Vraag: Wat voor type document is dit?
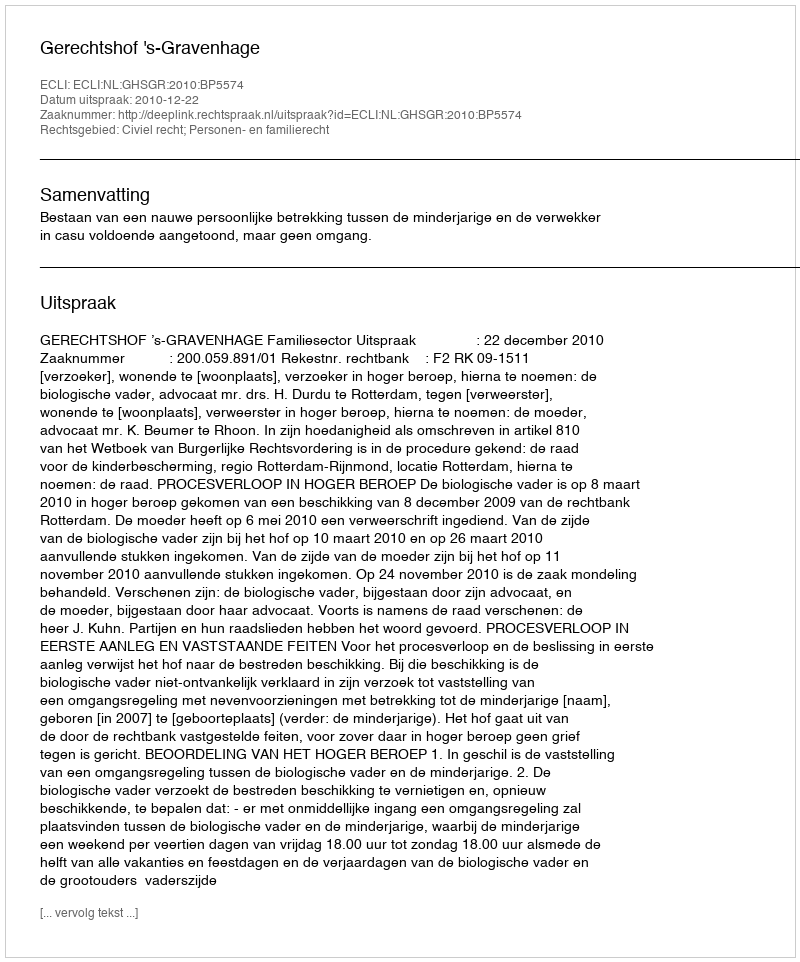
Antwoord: Uitspraak